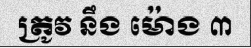
ត្រូវ នឹង ម៉ោង ៣